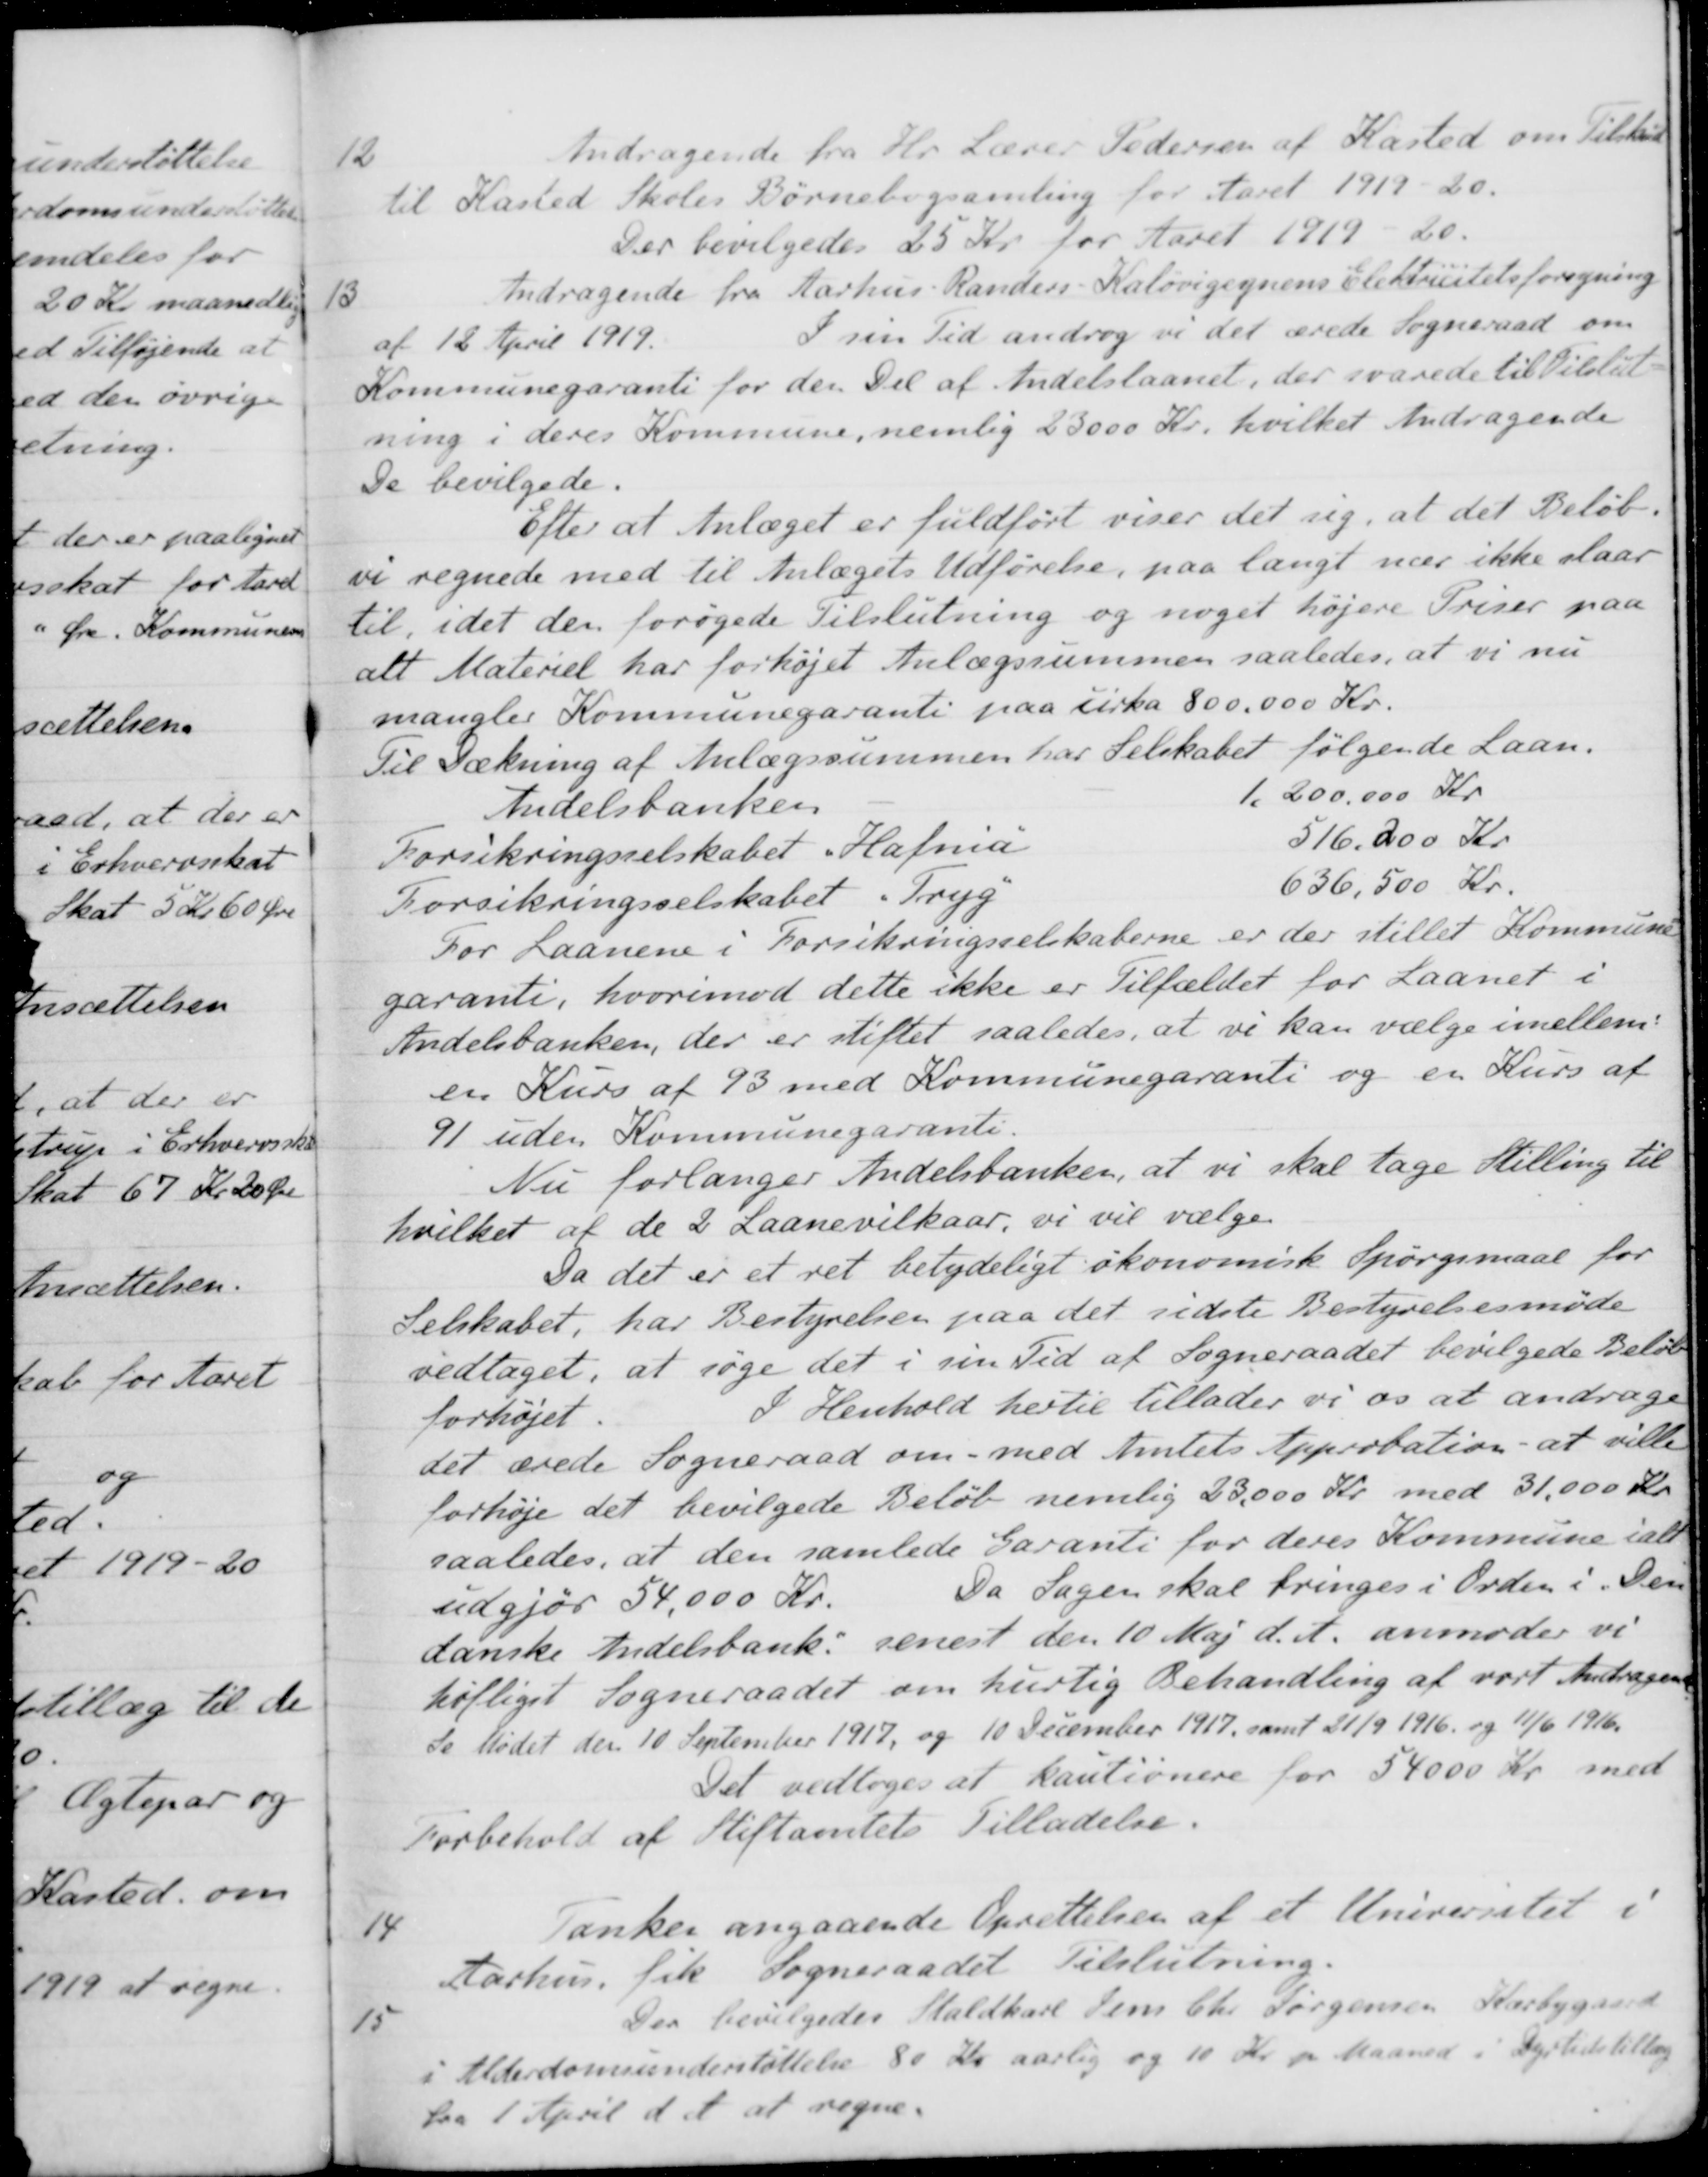
Transskription:
12
Andragende fra Hr. Lærer Pedersen af Kasted om Tilskud
til Kasted Skoles Børnebogsamling for Aaret 1919-20.
Der bevilgedes 25 Kr. for Aaret 1919 - 20.
13
Andragende fra Aarhus Randers-Kaløvigegnens Elektricitetsforsyning
af 12 April 1919. I sin Tid androg vi det ærede Sogneraad om
Kommunegaranti for den Del af Andelslaanet, der svarede til Tilslut-
ning i deres Kommune, nemlig 23000 Kr. hvilket Andragende
De bevilgede.
Efter at Anlæget er fuldført viser det sig, at det Beløb.
vi regnede med til Anlægets Udførelse, paa langt nær ikke slaar
til, idet den forøgede Tilslutning og noget højere Priser paa
alt Materiel har forhøjet Anlægssummen saaledes, at vi nu
mangler Kommunegaranti paa cirka 800.000 Kr.
Til Dækning af Anlægssummen har Selskabet følgende Laan.
Andelsbanken
1.200.000 Kr.
Forsikringsselskabet „Hafnia"
516.000 Kr.
Forsikringsselskabet "Tryg"
636,500 Kr.
For Laanene i Forsikringsselskaberne er der stillet Kommune
garanti, hvorimod dette ikke er Tilfældet for Laanet i
Andelsbanken, der er stiftet saaledes, at vi kan vælge imellem:
en Kurs af 93 med Kommunegaranti og en Kurs af
91 uden Kommunegaranti.
Nu forlanger Andelsbanken, at vi skal tage Stilling til
hvilket af de 2 Laanevilkaar, vi vil vælge
Da det er et ret betydeligt økonomisk Spørgsmaal for
Selskabet, har Bestyrelsen paa det sidste Bestyrelsesmøde
vedtaget, at søge det i sin Tid af Sogneraadet bevilgede Beløb
forhøjet. I Henhold hertil tillader vi os at andrage
det ærede Sogneraad om - med Amtets Approbation at ville
forhøje det bevilgede Beløb nemlig 23.000 Kr. med 31.000 Kr.
saaledes, at den samlede Garanti for deres Kommune ialt
udgjør 54,000 Kr.
Da Sagen skal bringes i Orden i Den
danske Andelsbank senest den 10 Maj d. A. anmoder vi
hølliget Sogneraadet om hurtig Behandling af vort Andragende
Se Mødet den 10 September 1917 og 10 December 1917, samt 21/9 1916 og 11/6 1916.
Det vedtoges at kautionere for 54000 Kr. med
Forbehold af Stiftamtets Tilladelse.
14
Tanker angaaende Oprettelsen af et Universitet i
Aarhus fik Sogneraadet Tilslutning.
15
Der bevilgedes Staldkarl Jens Chr Jørgensen Kærbygaard
i Alderdomsunderstøttelse 80 Kr aarlig og 10 Kr pr Maaned i Dyrtidstillæg
fra 1 April d. A. at regne.